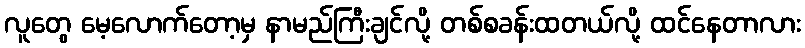
လူတွေ မေ့လောက်တော့မှ နာမည်ကြီးချင်လို့ တစ်စခန်းထတယ်လို့ ထင်နေတာလား